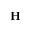
\mathbf { H }